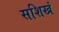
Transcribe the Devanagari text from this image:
सशिखं